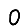
Digit: 0